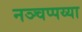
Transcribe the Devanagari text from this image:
नञ्चप्पय्या